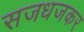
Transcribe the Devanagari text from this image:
सजधजकर